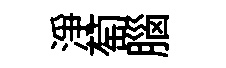
淨萄腦